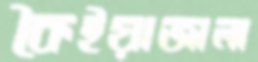
কৈইয়াজালা